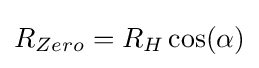
R_{Zero}=R_{H}\cos(\alpha )